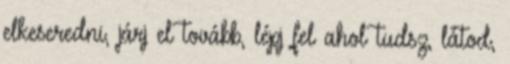
elkeseredni, járj el tovább, lépj fel ahol tudsz, látod,